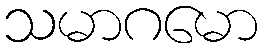
သမာဂမော